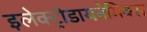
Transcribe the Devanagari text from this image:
इलेक्ट्रोडायनेमिक्स